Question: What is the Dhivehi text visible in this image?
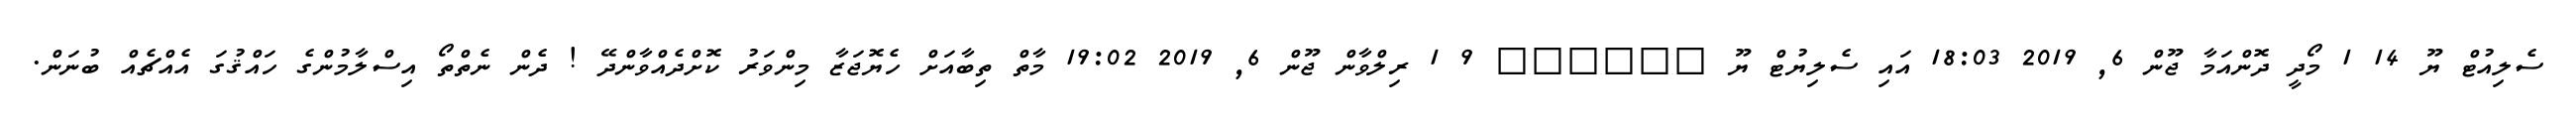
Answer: ސެލިއުޓް ޔޫ 14 1 މޯދީ ދޮންއަމާ ޖޫން 6, 2019 18:03 އައި ސެލިޔުޓް ޔޫ ?????? 9 1 ރިލްވާން ޖޫން 6, 2019 19:02 މާތް ތިބާއަށް ހެޔޮޖަޒާ މިންވަރު ކޮށްދެއްވާންދޭ ! ދެން ނެތްތޯ އިސްލާމުންގެ ހައްޤުގަ އެއްޗެއް ބުނަން.